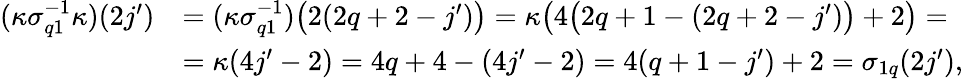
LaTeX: \begin{array}{rl}{(\kappa\sigma_{q1}^{-1}\kappa)(2j^{\prime})}&{=(\kappa\sigma_{q1}^{-1})\big(2(2q+2-j^{\prime})\big)=\kappa\big(4\big(2q+1-(2q+2-j^{\prime})\big)+2\big)=}\\ &{=\kappa(4j^{\prime}-2)=4q+4-(4j^{\prime}-2)=4(q+1-j^{\prime})+2=\sigma_{1q}(2j^{\prime}),}\end{array}